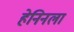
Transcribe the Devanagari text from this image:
हेनिनला